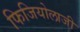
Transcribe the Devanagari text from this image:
फिजियोलाजी